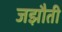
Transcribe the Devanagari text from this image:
जझौती